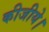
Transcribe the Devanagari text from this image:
कीजीये।